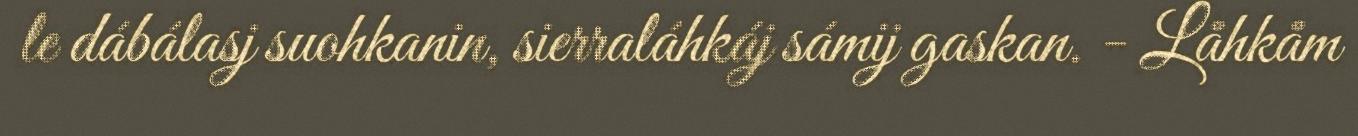
le dábálasj suohkanin, sierraláhkáj sámij gaskan. - Låhkåm